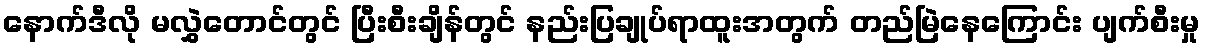
နောက်ဒီလို မလွှဲတောင်တွင် ပြီးစီးချိန်တွင် နည်းပြချုပ်ရာထူးအတွက် တည်မြဲနေကြောင်း ပျက်စီးမှု